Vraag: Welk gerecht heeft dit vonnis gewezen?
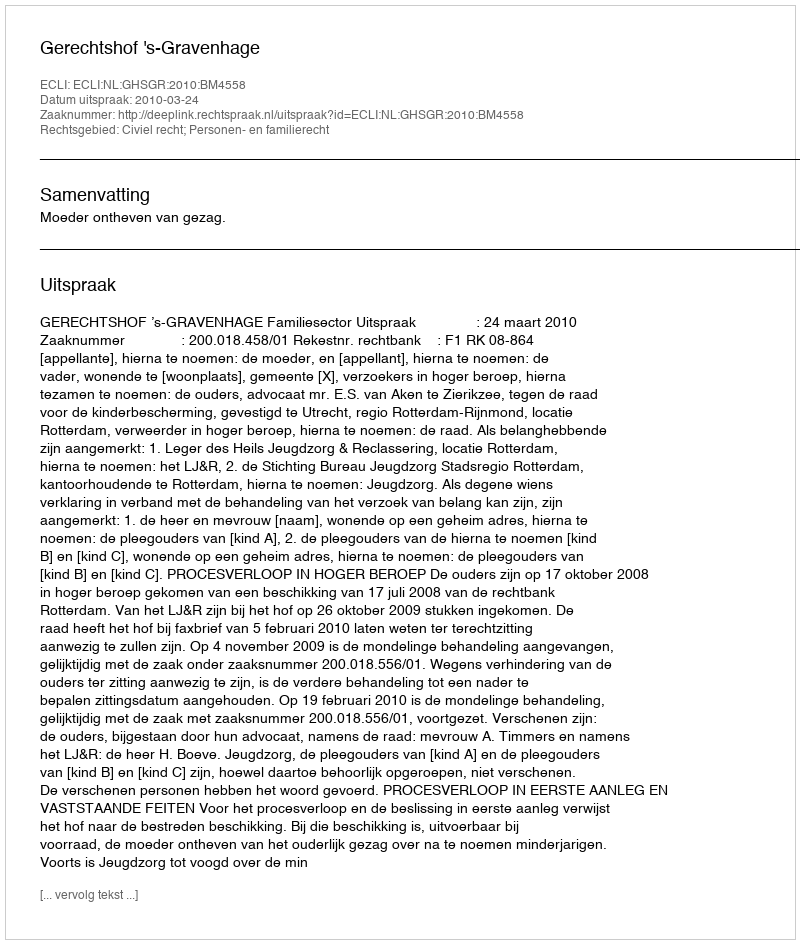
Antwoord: Gerechtshof 's-Gravenhage